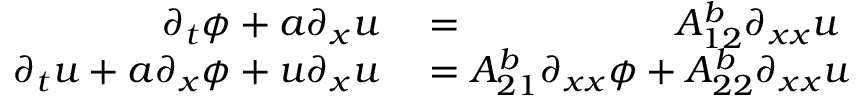
\begin{array} { r l } { \partial _ { t } \phi + a \partial _ { x } u } & { { } = \phantom { A _ { 2 1 } ^ { b } \partial _ { x x } \phi + \, } A _ { 1 2 } ^ { b } \partial _ { x x } u } \\ { \partial _ { t } u + a \partial _ { x } \phi + u \partial _ { x } u } & { { } = A _ { 2 1 } ^ { b } \partial _ { x x } \phi + A _ { 2 2 } ^ { b } \partial _ { x x } u } \end{array}